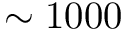
\sim 1 0 0 0